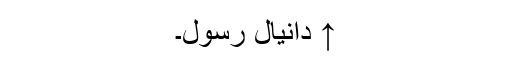
↑ دانیال رسول۔